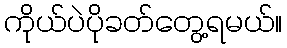
ကိုယ်ပဲပိုခတ်တွေ့ရမယ်။